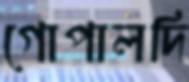
গোপালদি